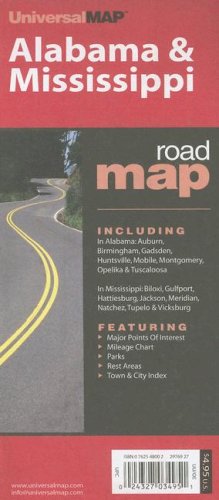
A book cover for Alabama & Mississippi: Including: In Alabama: Auburn, Birmingham, Gadsden, Huntsville, Mobile, Montgomery, Opelika & Tuscaloosa; In Mississip; Travel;